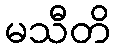
မသီတိ